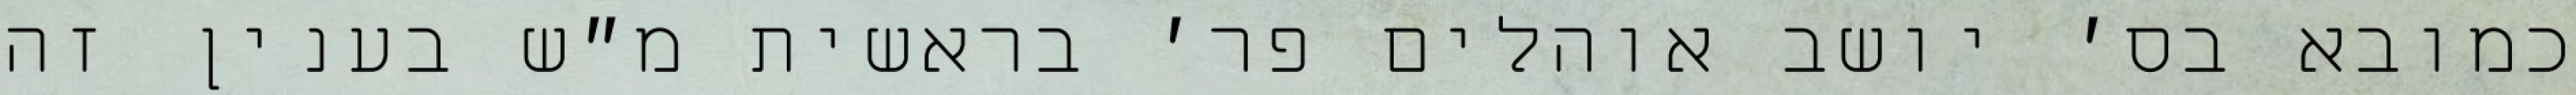
כמובא בס׳ יושב אוהלים פר׳ בראשית מ״ש בענין זה